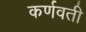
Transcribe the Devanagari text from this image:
कर्णवती